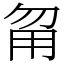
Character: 甮